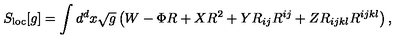
S _ { \mathrm { l o c } } [ g ] = \int d ^ { d } x \sqrt { g } \left( W - \Phi R + X R ^ { 2 } + Y R _ { i j } R ^ { i j } + Z R _ { i j k l } R ^ { i j k l } \right) ,